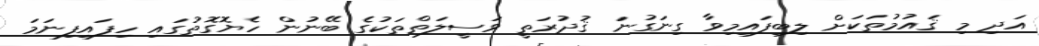
އަދި މި ޤައުމުތަކަށް ލިބިފައިމިވާ ގިނަގުނަ ޤުދުރަތީ ވަސީލަތްތަކުގެ ބޭނުން ހެޔޮގޮތުގައި ހިފައިފިނަމަ